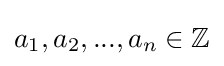
a_{1},a_{2},...,a_{n}\in \mathbb {Z}